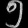
Digit: ၅